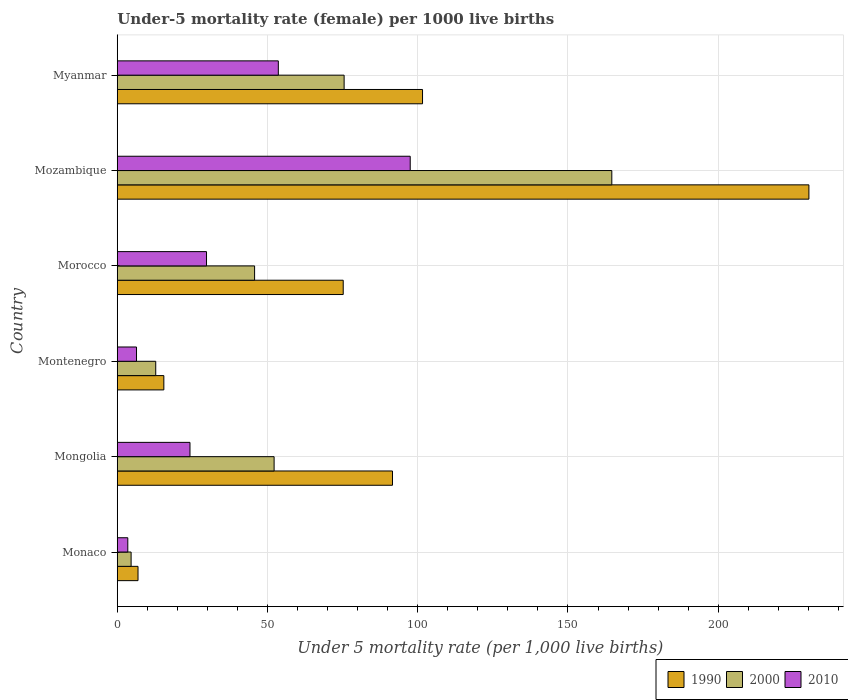
| Country | 1990 | 2000 | 2010 |
 | --- | --- | --- | --- |
 | Monaco | 6.9 | 4.6 | 3.5 |
 | Mongolia | 91.6 | 52.2 | 24.2 |
 | Montenegro | 15.5 | 12.8 | 6.4 |
 | Morocco | 75.2 | 45.7 | 29.7 |
 | Mozambique | 230 | 165 | 97.5 |
 | Myanmar | 102 | 75.5 | 53.6 |